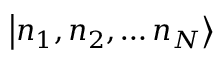
\left| n _ { 1 } , n _ { 2 } , \dots n _ { N } \right>